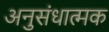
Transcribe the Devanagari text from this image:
अनुसंधात्मक